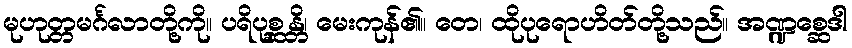
မုဟုတ္တမင်္ဂလာတို့ကို။ ပရိပုစ္ဆန္တိ၊ မေးကုန်၏။ တေ၊ ထိုပုရောဟိတ်တို့သည်။ အဏ္ဍစ္ဆေဒါ